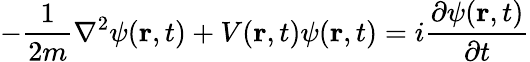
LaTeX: -{\frac{1}{2m}}\nabla^{2}\psi(\mathbf{r},t)+V(\mathbf{r},t)\psi(\mathbf{r},t)=i{\frac{\partial\psi(\mathbf{r},t)}{\partial t}}